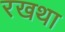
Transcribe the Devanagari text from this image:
रखथा